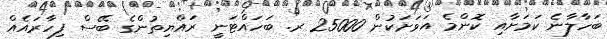
ބަހާލާނެ ކަމަށާއި ކޮންމެ އަވަށަކުން 25000 ރ. ބަހައްޓަނީ ރައްޔިތުންގެ ބޭސް ފިހާރައެއް